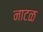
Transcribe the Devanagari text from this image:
नाटळ